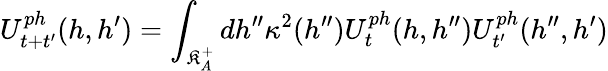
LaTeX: U_{t+t^{\prime}}^{ph}(h,h^{\prime})=\int_{\mathfrak{K}_{A}^{+}}dh^{\prime\prime}\kappa^{2}(h^{\prime\prime})U_{t}^{ph}(h,h^{\prime\prime})U_{t^{\prime}}^{ph}(h^{\prime\prime},h^{\prime})